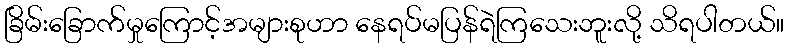
ခြိမ်းခြောက်မှုကြောင့်အများစုဟာ နေရပ်မပြန်ရဲကြသေးဘူးလို့ သိရပါတယ်။